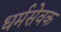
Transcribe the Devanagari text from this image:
धर्मसेवक